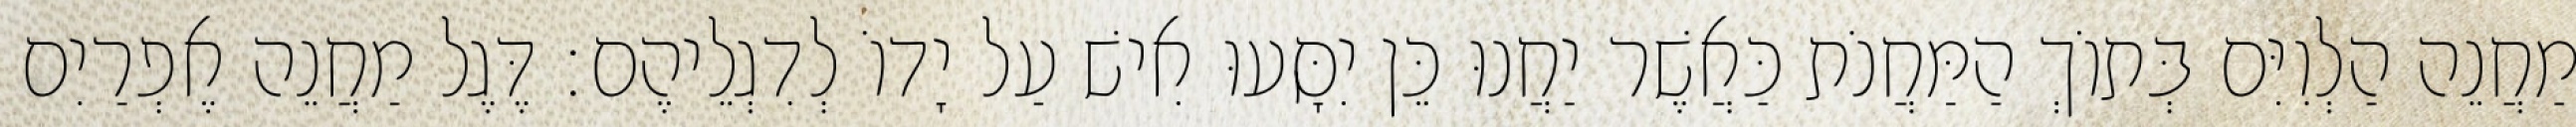
מַחֲנֵה הַלְוִיִּם בְּתוֹךְ הַמַּחֲנֹת כַּאֲשֶׁר יַחֲנוּ כֵּן יִסָּעוּ אִישׁ עַל יָדוֹ לְדִגְלֵיהֶם׃ דֶּגֶל מַחֲנֵה אֶפְרַיִם